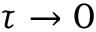
\tau \to 0